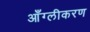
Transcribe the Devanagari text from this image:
आँग्लीकरण